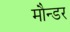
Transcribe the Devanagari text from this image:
मौन्डर